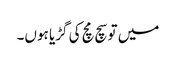
میں تو سچ مچ کی گڑیا ہوں۔